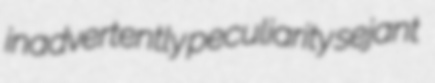
inadvertently peculiarity sejant